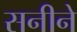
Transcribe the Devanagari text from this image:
सनीने